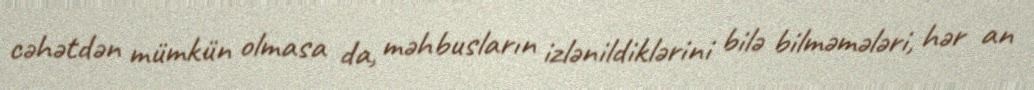
cəhətdən mümkün olmasa da, məhbusların izlənildiklərini bilə bilməmələri, hər an